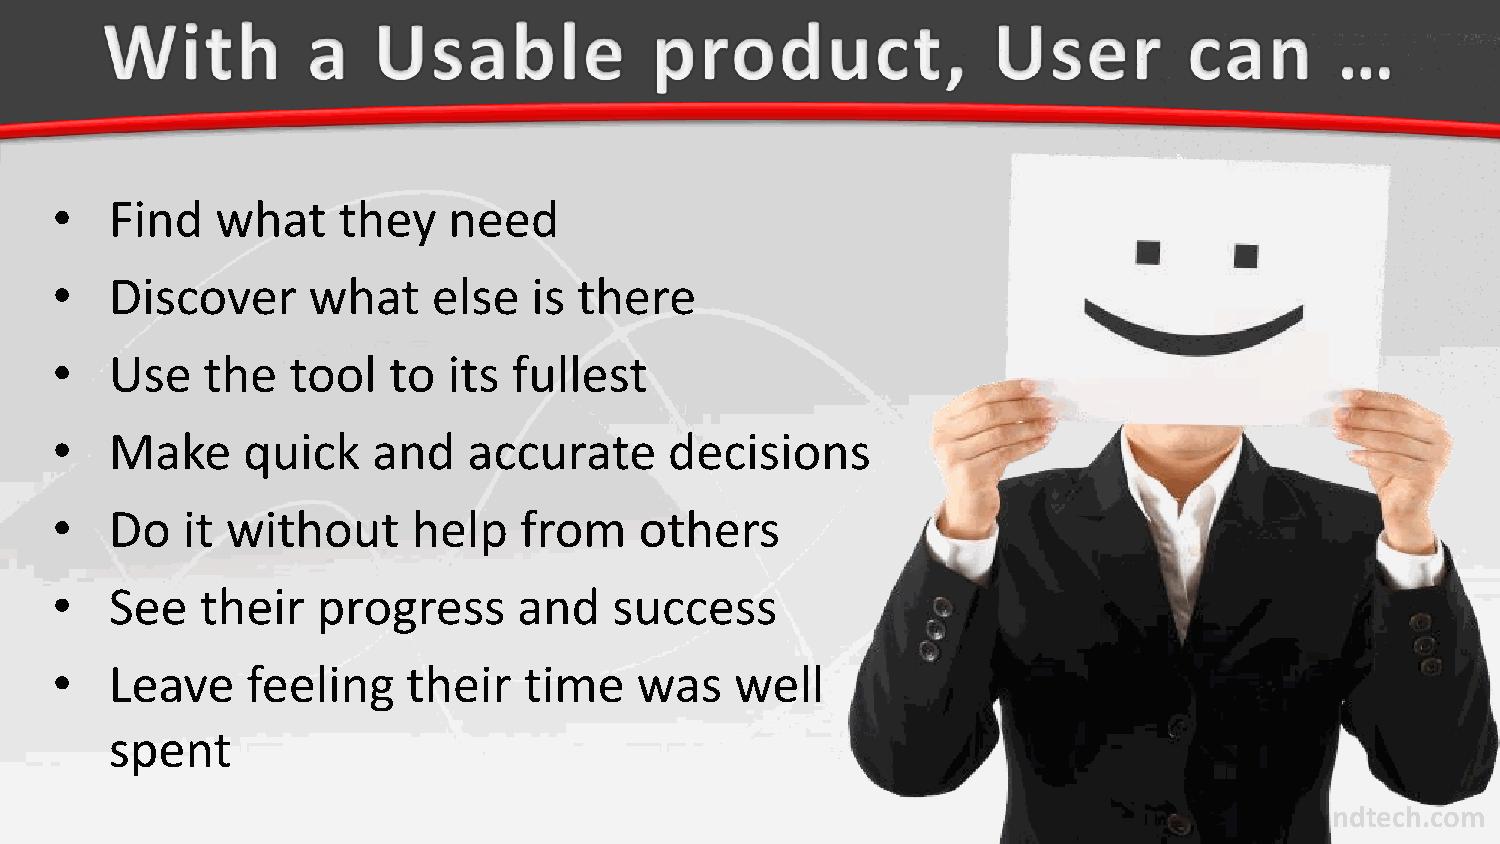
•   Find   what    they    need
 •   Discover     what     else  is there
 •   Use   the   tool   to  its fullest
 •   Make     quick    and   accurate     decisions
 •   Do   it without     help   from    others
 •   See   their   progress     and    success
 •   Leave    feeling    their   time   was    well
 spent
 surroundtech.com